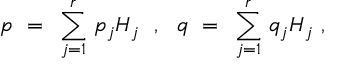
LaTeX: p ~ = ~ \sum _ { j = 1 } ^ { r } \, p _ { j } H _ { j } ~ ~ , ~ ~ q ~ = ~ \sum _ { j = 1 } ^ { r } \, q _ { j } H _ { j } ~ ,